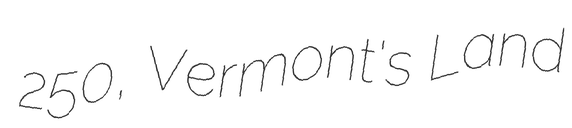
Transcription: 250, Vermont's Land